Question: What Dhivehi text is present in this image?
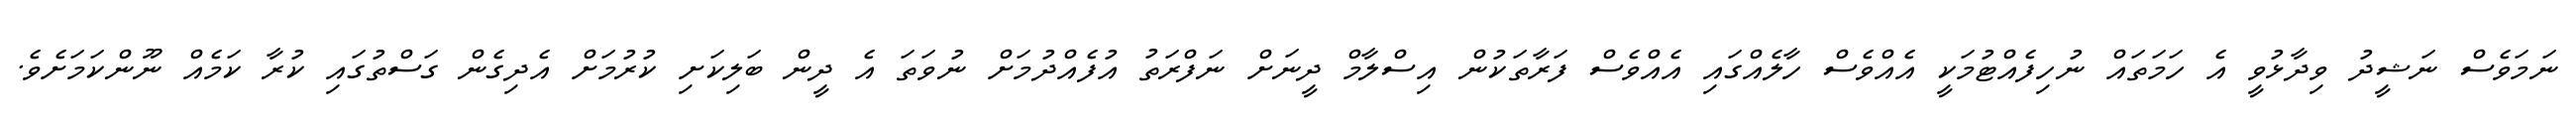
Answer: ނަމަވެސް ނަޝީދު ވިދާޅުވީ އެ ހަމަތައް ނުހިފެއްޓުމަކީ އެއްވެސް ހާލެއްގައި އެއްވެސް ފަރާތަކުން އިސްލާމް ދީނަށް ނަފްރަތު އުފެއްދުމަށް ނުވަތަ އެ ދީން ބަލިކަށި ކުރުމަށް އެދިގެން ގަސްތުގައި ކުރާ ކަމެއް ނޫންކަމަށެވެ.